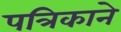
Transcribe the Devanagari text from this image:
पत्रिकाने